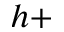
h +